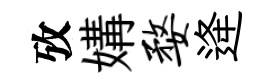
攷媾婺逄